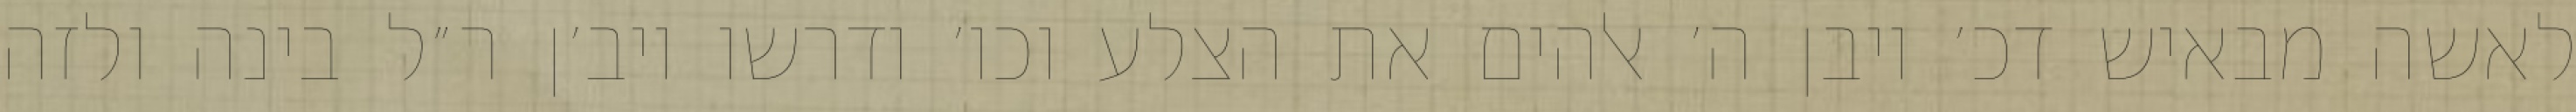
לאשה מבאיש דכ׳ ויבן ה׳ אלהים את הצלע וכו׳ ודרשו ויב׳ן ר״ל בינה ולזה